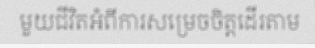
មួយជីវិតអំពីការសម្រេចចិត្តដើរតាម